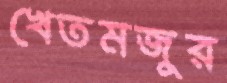
খেতমজুর